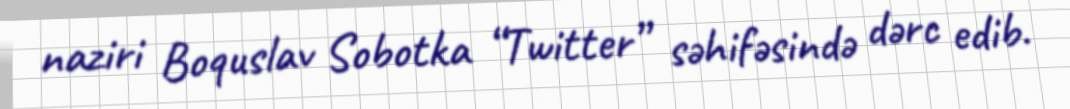
naziri Boquslav Sobotka “Twitter” səhifəsində dərc edib.